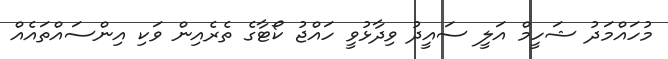
މުހައްމަދު ޝަހީމް އަލީ ސައީދު ވިދާޅުވީ ހައްޖު ކޯޓާގެ ތެރެއިން ވަކި އިންސައްތައެއް